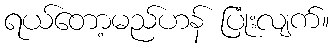
ရယ်တော့မည်ဟန် ပြုံးလျက်။